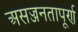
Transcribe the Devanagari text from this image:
असज्जनतापूर्ण